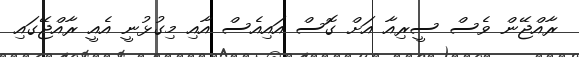
ރާއްޖޭން ވެސް ސީރިއާ އަށް ގޮސް އައިއެސް އާއި މިގުޅުނީ އެއީ ރާއްޖޭގައި